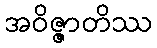
အဝိဇ္ဇာတိဿ